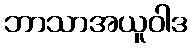
ဘာသာအယူဝါဒ